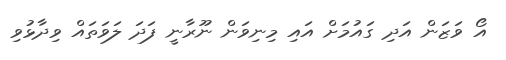
އޯ ވަޒަން އަދި ގައުމަށް އައި މިނިވަން ނޫރާނީ ފަދަ ލަވަތައް ވިދާޅުވި